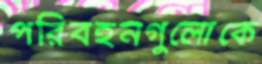
পরিবহনগুলোকে